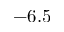
- 6 . 5